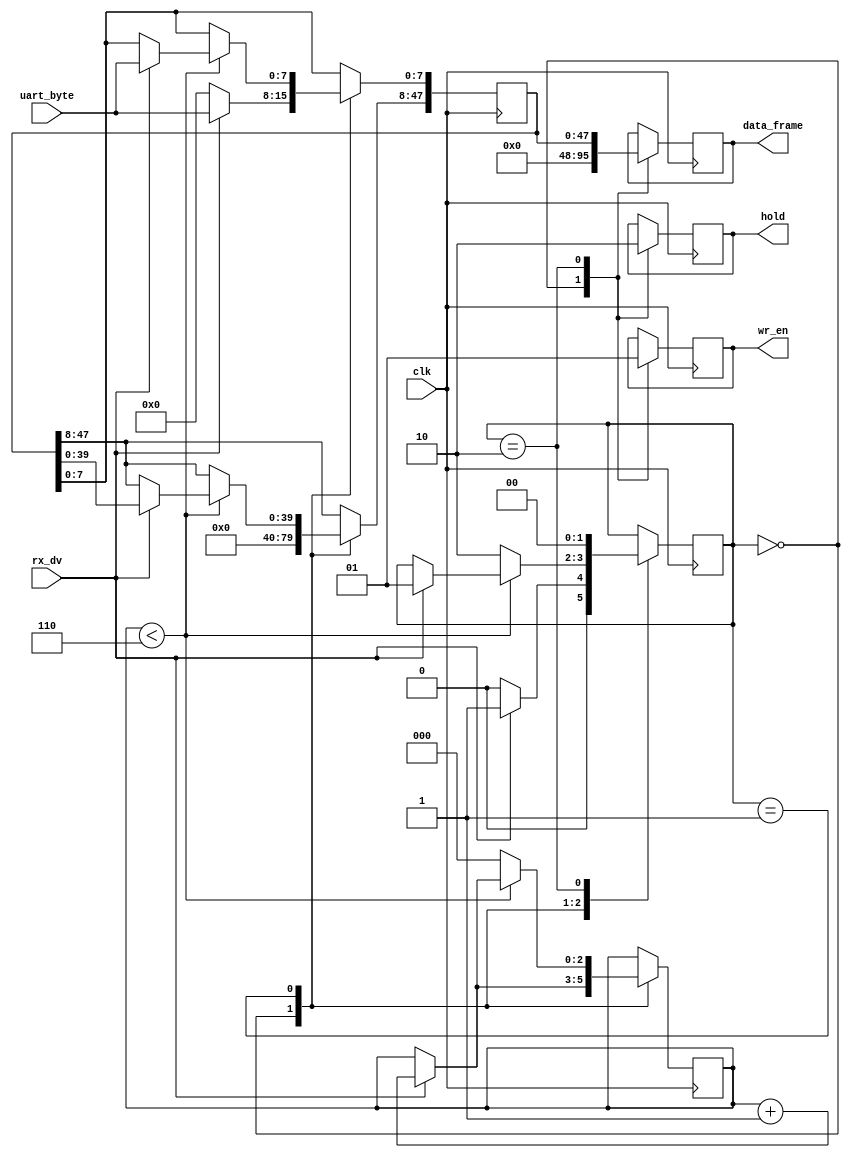
module uart_packetizer(
  input                             clk,
  input                             rx_dv,
  input [7:0]                       uart_byte,
  output [RAH_PACKET_WIDTH-1:0]     data_frame,
  output                            wr_en,
  output                            hold
);
    
parameter RAH_PACKET_WIDTH = 48;


reg [RAH_PACKET_WIDTH-1:0]      r1_data_frame = 0;
reg [RAH_PACKET_WIDTH-1:0]      r2_data_frame = 0;
reg                             r_wr_en = 0;
reg                             r_hold = 0;
reg [2:0]                       count = 0;

/* State Machine Parameters */
reg [1:0]  state = 0;
localparam IDLE         = 2'b00;
localparam DATA_FRAME   = 2'b01;
localparam CLEAN_UP     = 2'b10;

always @(posedge clk) begin
case(state)
  IDLE: begin // 0
    r1_data_frame <= 48'b0;
    r2_data_frame <= 48'b0;
    r_wr_en <= 1'b0;
    r_hold <= 1'b1;
    if(rx_dv) begin
      state <= DATA_FRAME;
      r1_data_frame[7:0] <= uart_byte;
      count <= count + 1;
    end else begin
      state <= IDLE;
    end
  end

  DATA_FRAME: begin // 1
    if(count < 6) begin
        if(rx_dv) begin
          count <= count + 1;
          r1_data_frame <= {r1_data_frame [39:0] ,uart_byte};
          state <= DATA_FRAME;
        end 
    end else begin
          state <= CLEAN_UP;
          count <= 0;
        end

  end
  
  CLEAN_UP: begin // 2
    r2_data_frame <= r1_data_frame;
    r_hold <= 0;
    r_wr_en <= 1;
    state <= IDLE;
  end
endcase
end

assign wr_en        = r_wr_en;
assign hold         = r_hold;
assign data_frame   = r2_data_frame;
endmodule